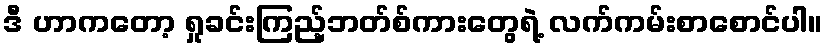
ဒီ ဟာကတော့ ရှုခင်းကြည့်ဘတ်စ်ကားတွေရဲ့ လက်ကမ်းစာစောင်ပါ။